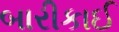
બારીકાઈ